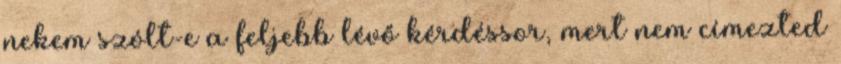
nekem szólt-e a feljebb lévő kérdéssor, mert nem címezted